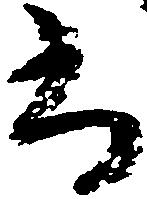
尚